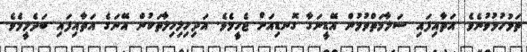
ތަޅުހުޅުވުނެވެ. އަތާއިފައި ސަލާމަތްވުމުން އޭޑީނަގާ ގޮނޑިއަށް ޖެހީމެވެ. އަދިހިލިހިލާތަކުން އޭނަގެ އަތާއިފައި ބަދެލީމެވެ.